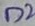
Text: D2